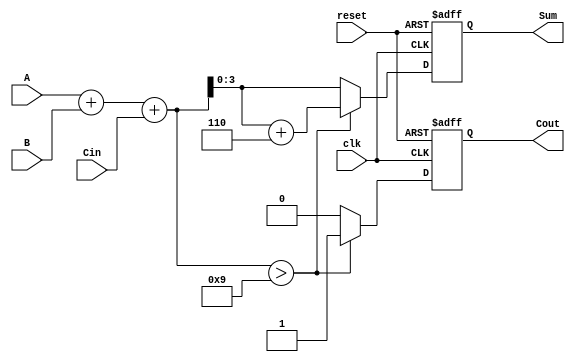
module BCD_Adder (
    input wire clk,          // Clock signal
    input wire reset,        // Reset signal
    input wire [3:0] A,      // First BCD input
    input wire [3:0] B,      // Second BCD input
    input wire Cin,          // Carry input
    output reg [3:0] Sum,    // BCD result output
    output reg Cout          // Carry output
);

    reg [4:0] binary_sum;    // 5-bit to accommodate carry

    always @(posedge clk or posedge reset) begin
        if (reset) begin
            Sum <= 4'b0000;
            Cout <= 1'b0;
        end else begin
            // Step 1: Calculate the binary sum of A, B, and Cin
            binary_sum = A + B + Cin;

            // Step 2: Check if the sum exceeds valid BCD (greater than 9)
            if (binary_sum > 5'd9) begin
                // Add correction factor 6 (0110)
                binary_sum = binary_sum + 5'd6;
                Cout <= 1'b1; // Set carry out if correction is applied
            end else begin
                Cout <= 1'b0; // No carry out if no correction is needed
            end
            
            // Step 3: Assign the lower 4 bits to Sum
            Sum <= binary_sum[3:0]; // Take the lower 4 bits as the BCD result
        end
    end
endmodule